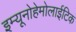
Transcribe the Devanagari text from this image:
इम्यूनोहेमोलाईटिक